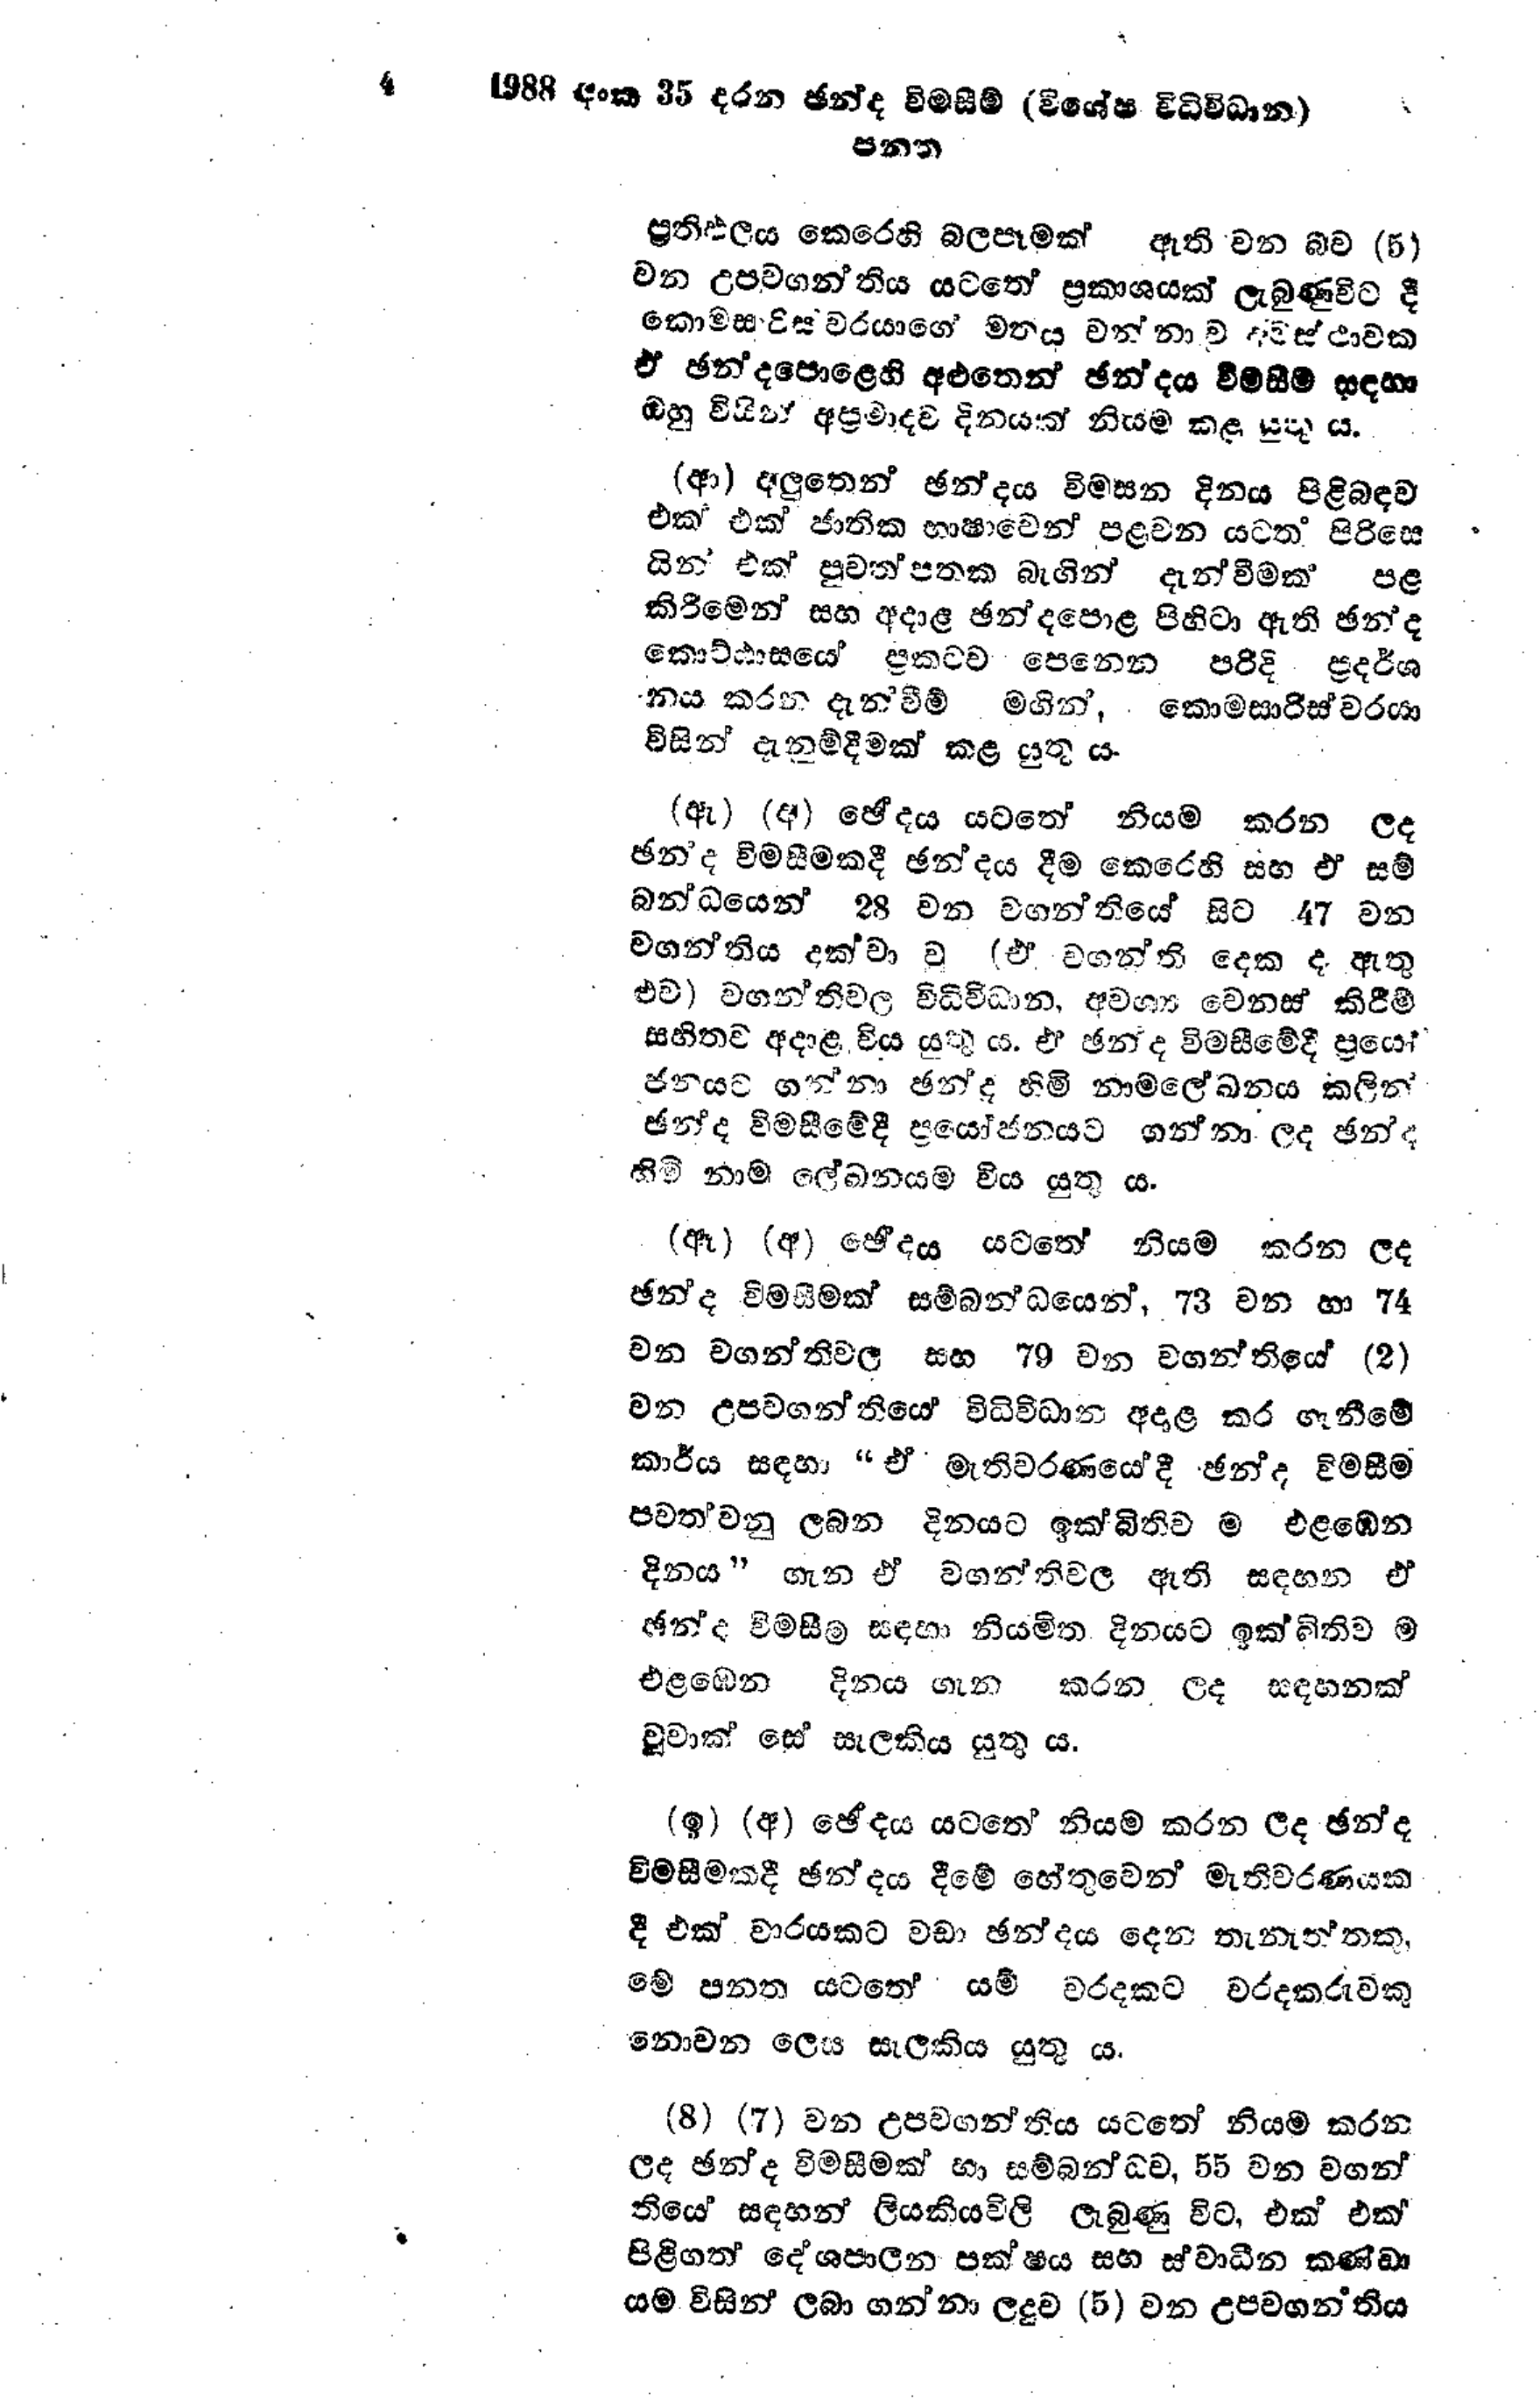
4 1988 අංක 35 දරන ඡන්ද විමසීම් (විශේෂ විධිවිධාන)
පනත

ප්‍රතිඵලය කෙරෙහි බලපෑමක් ඇති වන බව (5)
වන උපවගන්තිය යටතේ ප්‍රකාශයක් ලැබුණු විට දී
කොමසාරිස්වරයාගේ මතය වන්නාව අවස්ථාවක
ඒ ඡන්දපොළෙහි අළුතෙන් ඡන්දය විමසීම් සඳහා
ඔහු විසින් අප්‍රමාදව දිනයක් නියම කළ යුතු ය.

(ආ) අලුතෙන් ඡන්දය විමසන දිනය පිළිබඳව
එක් එක් ජාතික භාෂාවෙන් පළවන යටත් පිරිසෙ
යින් එක් පුවත්පතක බැගින් දැන්වීමක පළ
කිරීමෙන් සහ අදාළ ඡන්දපොළ පිහිටා ඇති ඡන්ද
කොට්ඨාසයේ ප්‍රකටව පෙනෙන පරිදි ප්‍රදර්ශ
නය කරන දැන්වීම් මගින්, කොමසාරිස්වරයා
විසින් දැනුම්දීමක් කළ යුතු ය.

(ඇ) (අ) ඡේදය යටතේ නියම කරන ලද
ඡන්ද විමසීමකදී ඡන්දය දීම කෙරෙහි සහ ඒ සම්
බන්ධයෙන් 28 වන වගන්තියේ සිට 47 වන
වගන්තිය දක්වා වූ (ඒ වගන්ති දෙක ද ඇතු
එව) වගන්තිවල විධිවිධාන, අවශ්‍ය වෙනස් කිරීම්
සහිතව අදාළ විය යුතුය. ඒ ඡන්ද විමසීමේදී ප්‍රයෝ
ජනයට ගන්නා ඡන්ද හිමි නාම ලේඛනය කලින්
ඡන්ද විමසීමේදී ප්‍රයෝජනයට ගන්නා ලද ඡන්ද
හිමි නාම ලේඛනයම විය යුතු ය.

(ඈ) (අ) ඡේදය යටතේ නියම කරන ලද
ඡන්ද විමසීමක් සම්බන්ධයෙන්, 73 වන හා 74
වන වගන්තිවල සහ 79 වන වගන්තියේ (2)
වන උපවගන්තියේ විධිවිධාන අදාළ කර ගැනීමේ
කාර්ය සඳහා “ඒ මැතිවරණයෙදී ඡන්ද විමසීම
පවත්වනු ලබන දිනයට ඉක්බිතිව ම එළඹෙන
දිනය" ගැන ඒ වගන්තිවල ඇති සඳහන ඒ
ඡන්ද විමසීම් සඳහා නියමිත දිනයට ඉක්බිතිව ම
එළඹෙන දිනය ගැන කරන ලද සඳහනක්
වූවාක් සේ සැලකිය යුතු ය.

(ඉ) (අ) ඡේදය යටතේ නියම කරන ලද ඡන්ද
විමසීමකදී ඡන්දය දීමේ හේතුවෙන් මැතිවරණයක
දී එක් වාරයකට වඩා ඡන්දය දෙන තැනැත්තකු,
මේ පනත යටතේ යම් වරදකට වරදකරුවකු
නොවන ලෙස සැලකිය යුතු ය.

(8) (7) වන උපවගන්තිය යටතේ නියම කරන
ලද ඡන්ද විමසීමක් හා සම්බන්ධව, 55 වන වගන්
තියේ සඳහන් ලියකියවිලි ලැබුණු විට, එක් එක්
පිළිගත් දේශපාලන පක්ෂය සහ ස්වාධීන කණ්ඩා
යම විසින් ලබා ගන්නා ලදුව (5) වන උපවගන්තිය